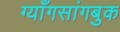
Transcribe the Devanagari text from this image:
ग्याँगसांगबुक